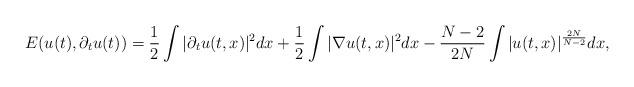
LaTeX: \begin{align*}E(u(t),\partial_t u(t)) = \frac{1}{2} \int |\partial_t u(t,x)|^2 dx + \frac{1}{2} \int |\nabla u(t,x)|^2 dx - \frac{N-2}{2N} \int |u(t,x)|^{\frac{2N}{N-2}} dx,\end{align*}